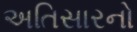
અતિસારનો